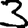
Digit: 3